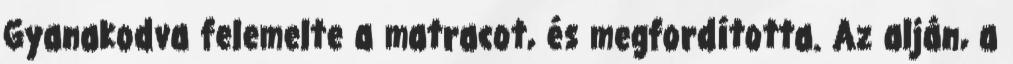
Gyanakodva felemelte a matracot, és megfordította. Az alján, a